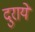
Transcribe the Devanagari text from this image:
दुराये